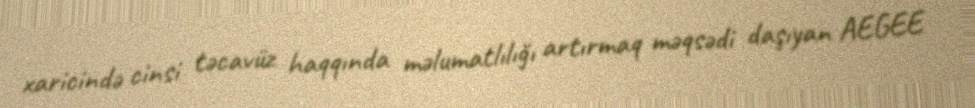
xaricində cinsi təcavüz haqqında məlumatlılığı artırmaq məqsədi daşıyan AEGEE